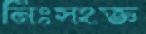
নিঃসংজ্ঞ